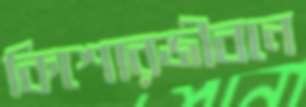
কিশোরজীবনে